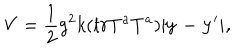
LaTeX: V = \frac { 1 } { 2 } g ^ { 2 } k ( t r T ^ { a } T ^ { a } ) | \bf y - { \bf y ^ { \prime } } | ,